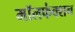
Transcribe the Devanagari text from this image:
मॉलफंक्शन